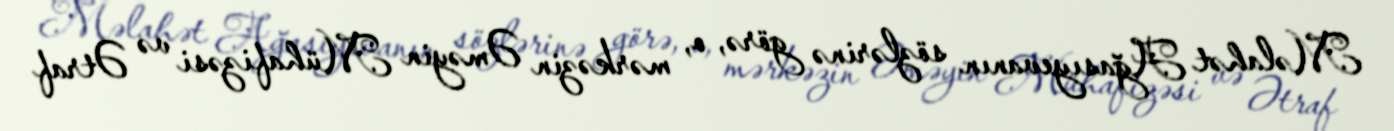
Məlahət Ağasıyevanın sözlərinə görə, o, mərkəzin Əməyin Mühafizəsi və Ətraf